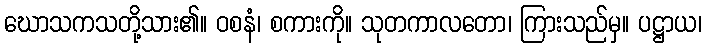
ဃောသကသတို့သား၏။ ဝစနံ၊ စကားကို။ သုတကာလတော၊ ကြားသည်မှ။ ပဋ္ဌာယ၊